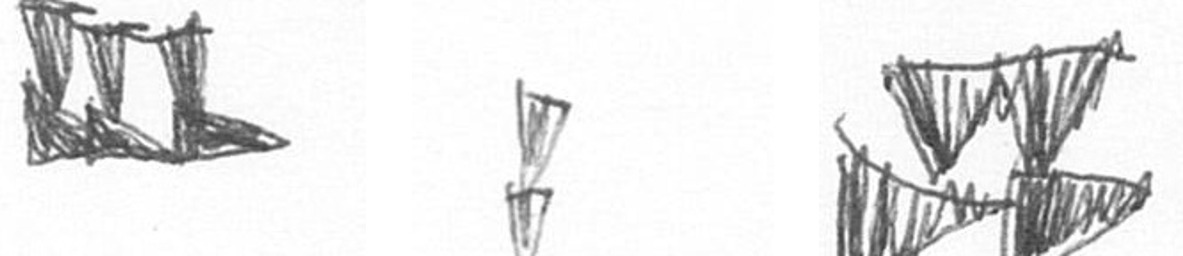
D Z B